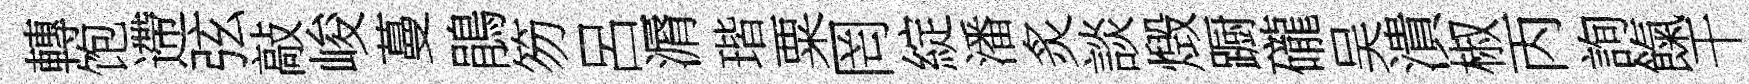
轉饱遰弦敲峻蔓鵑笏呂漘瑎粟罔綻潘炙談燬蹰礲吴潰椒丙詢餼干